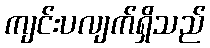
ကျင်းပလျက်ရှိသည်